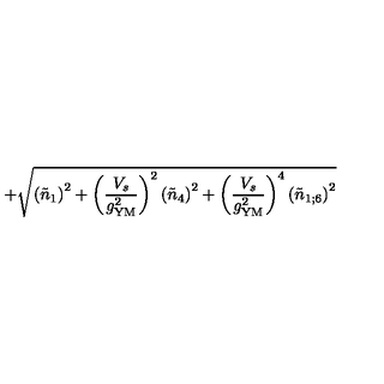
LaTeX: \, + \sqrt { \left( \tilde { n } _ { 1 } \right) ^ { 2 } + \left( \frac { V _ { s } } { g _ { \mathrm { Y M } } ^ { 2 } } \right) ^ { 2 } \left( \tilde { n } _ { 4 } \right) ^ { 2 } + \left( \frac { V _ { s } } { g _ { \mathrm { Y M } } ^ { 2 } } \right) ^ { 4 } \left( \tilde { n } _ { 1 ; 6 } \right) ^ { 2 } }